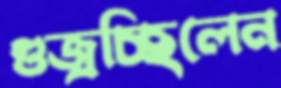
গুজ্‌রচ্ছিলেন